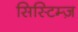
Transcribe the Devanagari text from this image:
सिस्टिम्ज़